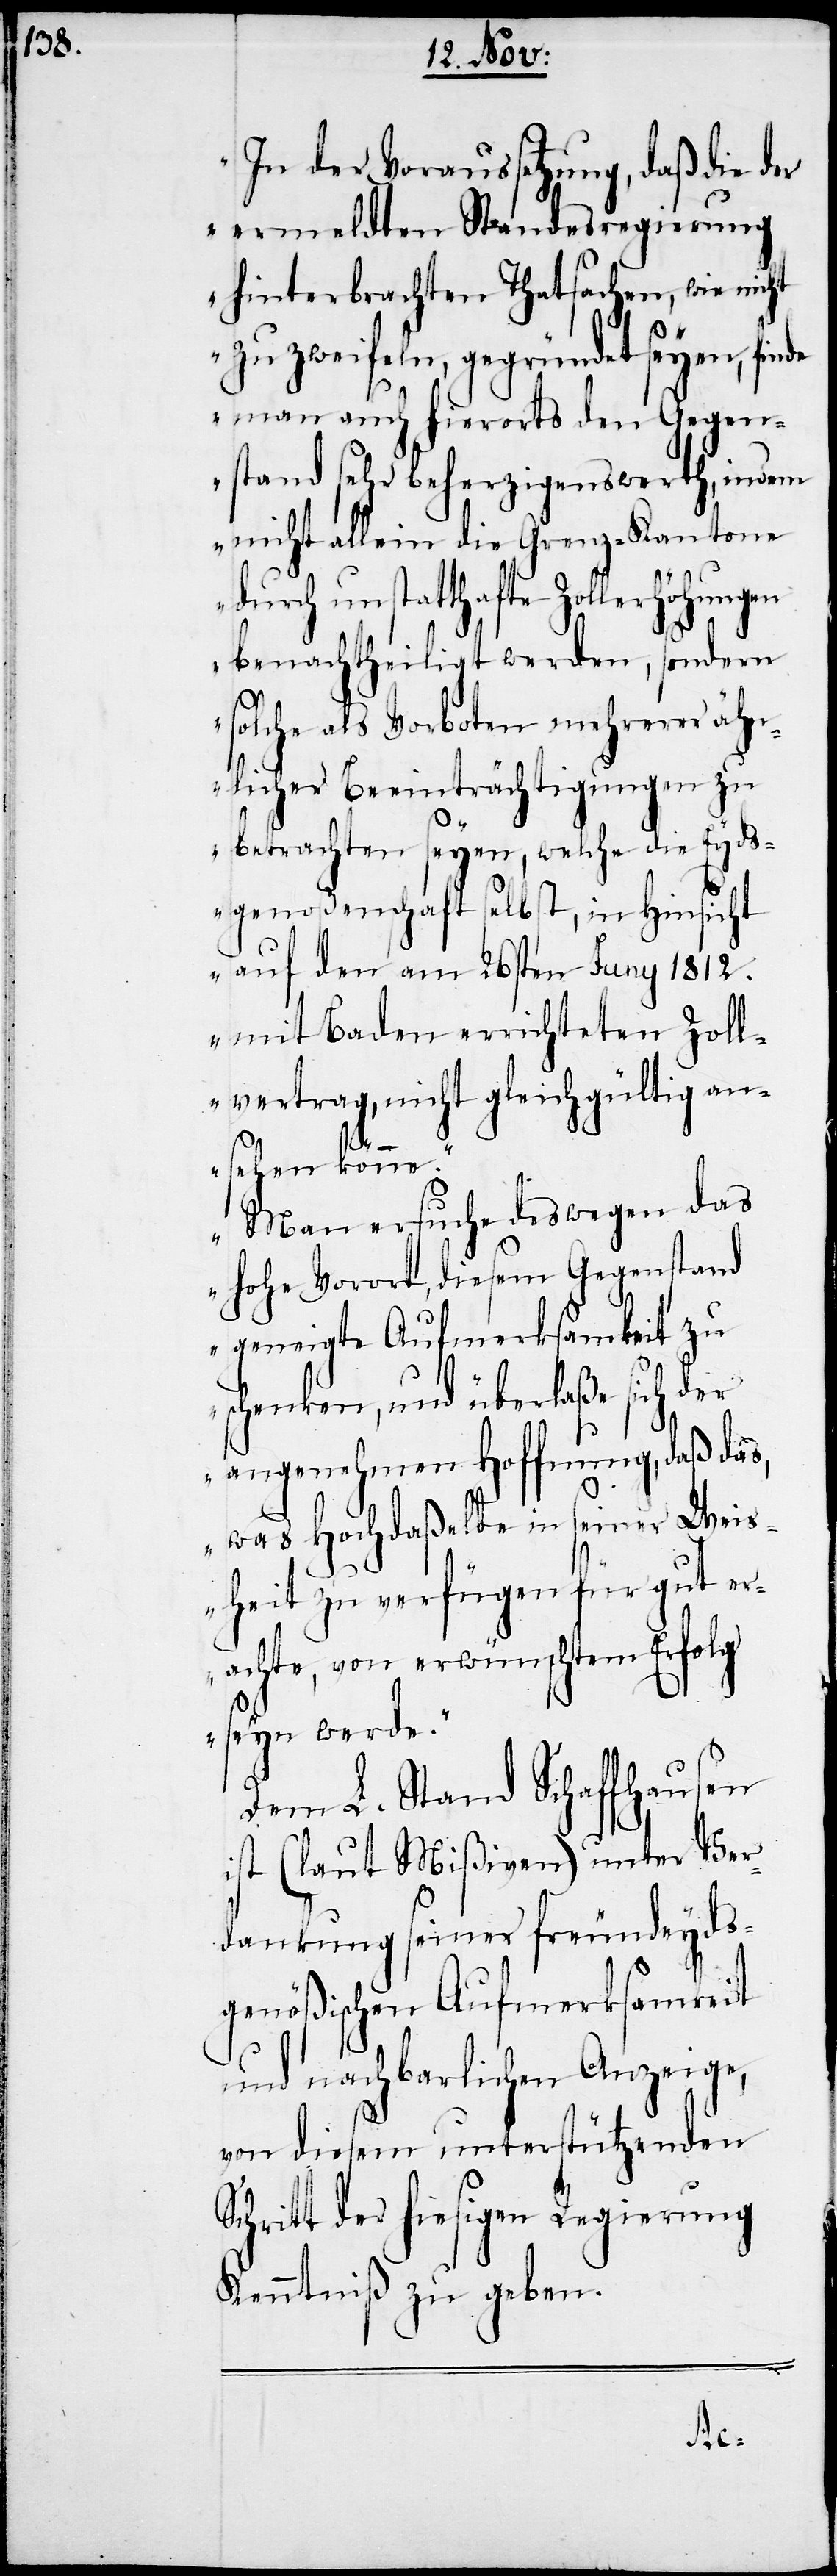
„In der Voraussetzung, daß die der
ermeldten Standesregierung
hinterbrachten Thatsachen, wie nicht
zu zweifeln, gegründet seyen, fin¬
de man auch hierorts den Gegen¬
stand sehr beherzigenswert, indem
nicht allein die Grenz-Kantone
durch unstatthafte Zollerhöhungen
benachtheiligt werden, sondern
solche als Vorboten mehrerer ähn¬
licher Beeinträchtigungen zu
S¬
betrachten seyen, welche die Eyds¬
genoßenschaft selbst, in Hinsicht
auf den am 26sten Juny 1812.
mit Baden errichteten Zoll¬
vertrag, nicht gleichgültig an¬
sehen könne.“
„Man ersuche deswegen das
Vorort, diesem Gegenstand
geneigte Aufmerksamkeit zu
schenken, und überlaße sich der
angenehmen Hoffnung, daß das,
was Hochdaßelbe in seiner Weis¬
heit zu verfügen für gut er¬
achte, von erwünschtem Erfolg
seyn werde.“
Dem L. Stand Schaffhausen
ist (laut Mißiven) unter Ver¬
dankung seiner freundeyds¬
genößischen Aufmerksamkeit
und nachbarlichen Anzeige,
von diesem unterstützenden
chritt der hiesigen Regierung
Kenntniß zu geben.